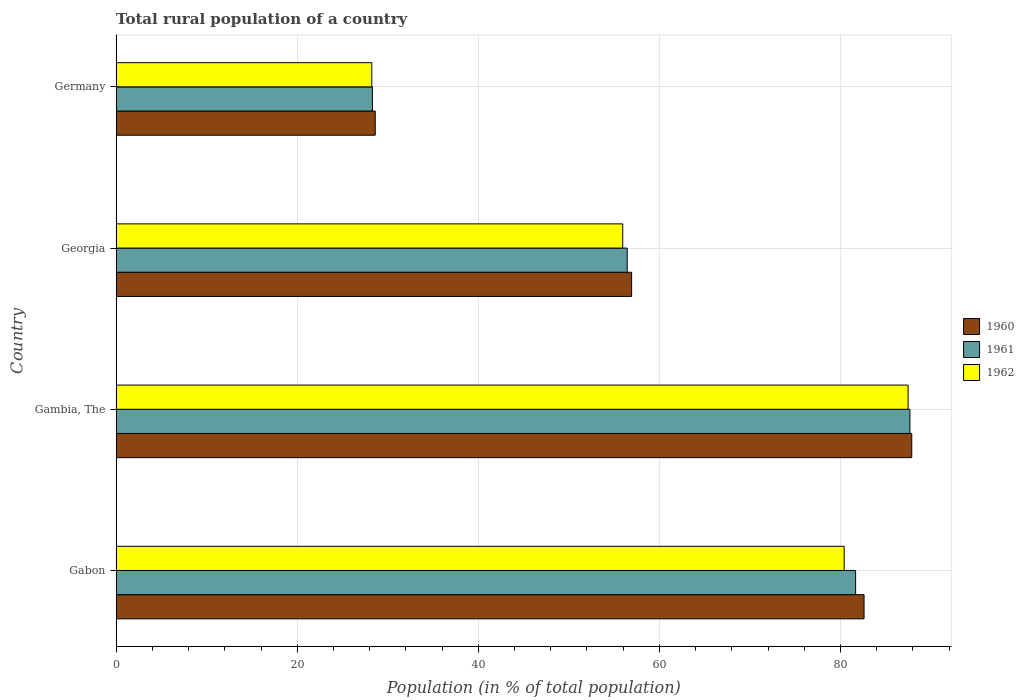
| Country | 1960 | 1961 | 1962 |
 | --- | --- | --- | --- |
 | Gabon | 82.6 | 81.7 | 80.4 |
 | Gambia, The | 87.9 | 87.7 | 87.5 |
 | Georgia | 56.9 | 56.4 | 55.9 |
 | Germany | 28.6 | 28.3 | 28.2 |